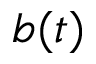
b ( t )